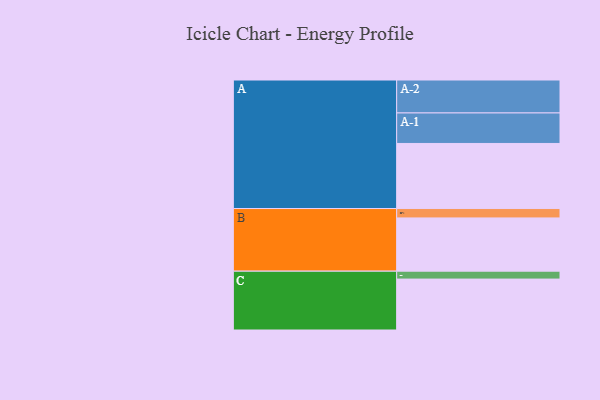
{"axis": {"x": "Segment", "y": "Value"}, "legend": ["", "A", "B", "C"], "data": [{"x": "A", "y": 561, "type": ""}, {"x": "B", "y": 459, "type": ""}, {"x": "C", "y": 439, "type": ""}, {"x": "A-1", "y": 263, "type": "A"}, {"x": "A-2", "y": 284, "type": "A"}, {"x": "B-1", "y": 81, "type": "B"}, {"x": "C-1", "y": 68, "type": "C"}]}